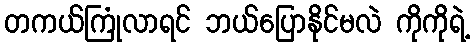
တကယ်ကြုံလာရင် ဘယ်ပြောနိုင်မလဲ ကိုကိုရဲ့